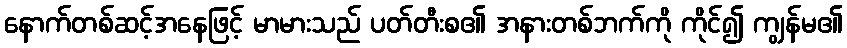
နောက်တစ်ဆင့်အနေဖြင့် မာမားသည် ပတ်တီးစ၏ အနားတစ်ဘက်ကို ကိုင်၍ ကျွန်မ၏